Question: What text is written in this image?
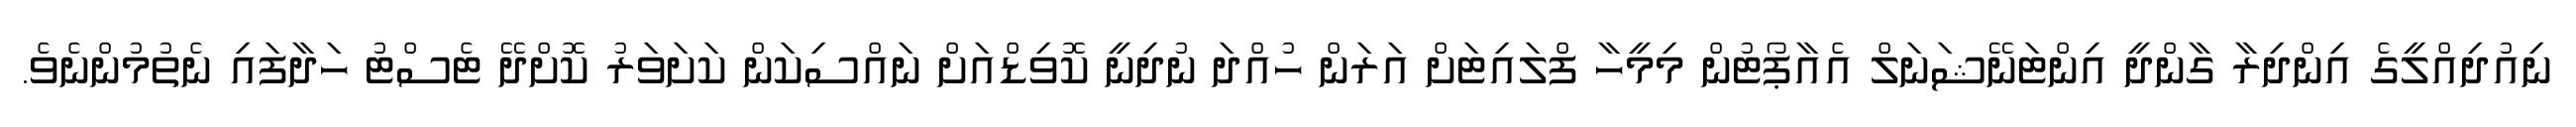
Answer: ނިއުދިއްލީގެ އިންދިރާ ގާންދީ އިންޓަނޭޝަނަލް އެއާޕޯޓުން މިމީހާ ފްލައިޓަށް އަރަން ހުއްދަ ނުދިނީ ކޮވިޑްއަށް ނައްސިކަން ކަށަވަރު ކޮށްދޭ ޓެސްޓު ހަދާފައި ނެތުމުންނެވެ.